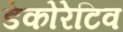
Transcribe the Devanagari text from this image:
डेकोरेटिव